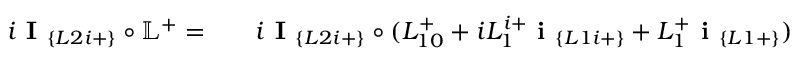
\begin{array} { r l r } { i \textbf { I } _ { \{ L 2 i + \} } \circ \mathbb { L } ^ { + } = } & { { } } & { i \textbf { I } _ { \{ L 2 i + \} } \circ ( L _ { 1 0 } ^ { + } + i L _ { 1 } ^ { i + } \textbf { i } _ { \{ L 1 i + \} } + L _ { 1 } ^ { + } \textbf { i } _ { \{ L 1 + \} } ) } \end{array}